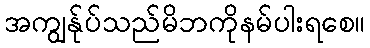
အကျွန်ုပ်သည်မိဘကိုနမ်ပါးရစေ။